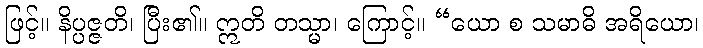
ဖြင့်။ နိပ္ပဇ္ဇတိ၊ ပြီး၏။ ဣတိ တသ္မာ၊ ကြောင့်။ “ယော စ သမာဓိ အရိယော၊